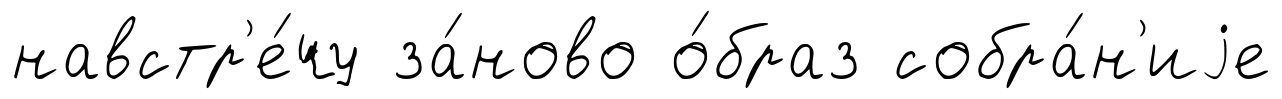
навстр'е́чу за́ново о́браз собра́н'иjе